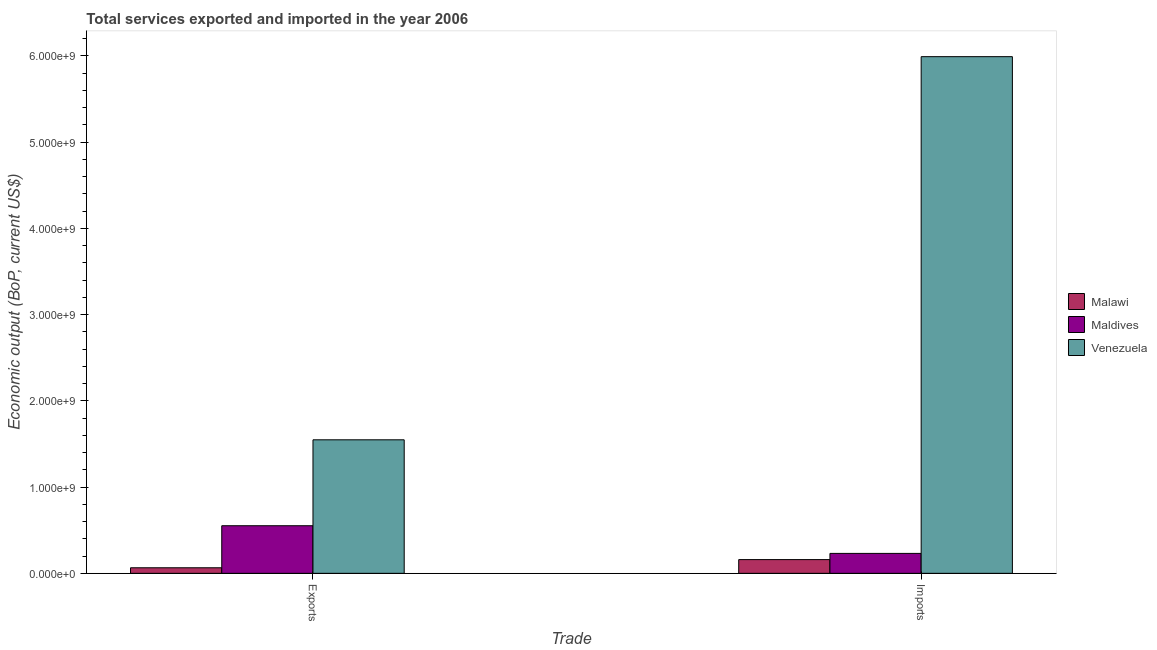
| Trade | Malawi | Maldives | Venezuela |
 | --- | --- | --- | --- |
 | Exports | 6.45e+07 | 5.52e+08 | 1.55e+09 |
 | Imports | 1.59e+08 | 2.31e+08 | 5.99e+09 |